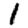
Digit: 1